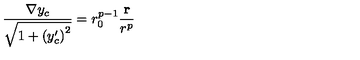
\frac { { \bf \nabla } y _ { c } } { \sqrt { 1 + \left( y _ { c } ^ { \prime } \right) ^ { 2 } } } = r _ { 0 } ^ { p - 1 } \frac { { \bf r } } { r ^ { p } }